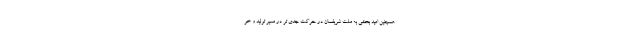
همچنین امید بخشی به ملت شریفمان در حرکت جدی تر در مسیر تولید و خو